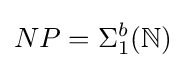
NP=\Sigma _{1}^{b}(\mathbb {N} )